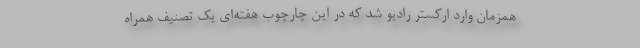
همزمان وارد ارکستر رادیو شد که در این چارچوب هفته‌ای یک تصنیف همراه